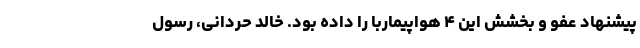
پیشنهاد عفو و بخشش این ۴ هواپیماربا را داده بود. خالد حردانی، رسول